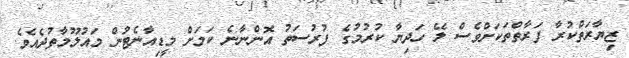
ޒިޔާރަތްކުރާ ފަރާތްތަކަށްވެސް ލޭ ހަދިޔާ ކުރުމުގެ ފުރުސަތު އޮންނާނެ ކަމަށް މީޑިއާނެޓުން މައުލޫމާތުދެއެވެ.